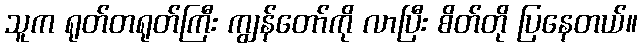
သူက ရုတ်တရုတ်ကြီး ကျွန်တော်ကို လာပြီး စိတ်တို ပြနေတယ်။